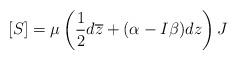
LaTeX: \begin{align*}[S]=\mu\left(\frac{1}{2}d\overline{z}+(\alpha-I\beta)dz\right)J\end{align*}